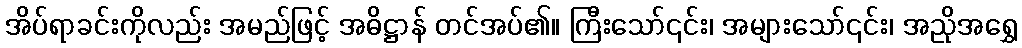
အိပ်ရာခင်းကိုလည်း အမည်ဖြင့် အဓိဋ္ဌာန် တင်အပ်၏။ ကြီးသော်၎င်း၊ အများသော်၎င်း၊ အညိုအရွှေ